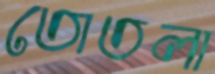
তোতলা